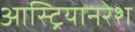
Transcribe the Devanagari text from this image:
आस्ट्रियानरेश